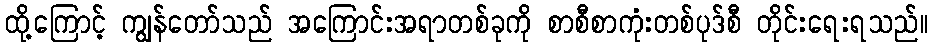
ထို့ကြောင့် ကျွန်တော်သည် အကြောင်းအရာတစ်ခုကို စာစီစာကုံးတစ်ပုဒ်စီ တိုင်းရေးရသည်။